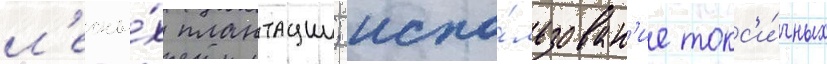
л'есны́х плантации; испо́льзован'ие токс'и́чных